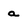
Character: a